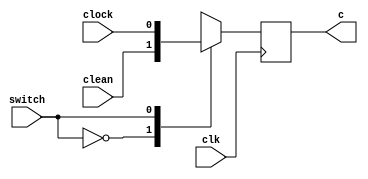
`timescale 1ns / 1ps
//////////////////////////////////////////////////////////////////////////////////
// Company: 
// Engineer: 
// 
// Design Name: 
// Module Name:    mux 
// Project Name: 
// Target Devices: 
// Tool versions: 
// Description: 
//
// Dependencies: 
//
// Revision: 
// Revision 0.01 - File Created
// Additional Comments: 
//
//////////////////////////////////////////////////////////////////////////////////
module mux(switch, clean, clock, c, clk);
output reg c;
input switch;
input clean;
input clock;
input clk;

always@(posedge clk)
	case(switch)
		1'b0: c = clean;
		1'b1: c = clock;
	endcase
	
endmodule